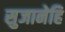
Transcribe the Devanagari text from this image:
सुजानेहि